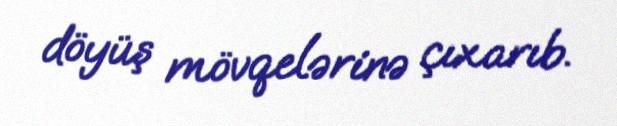
döyüş mövqelərinə çıxarıb.